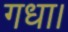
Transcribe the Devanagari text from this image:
गधा।